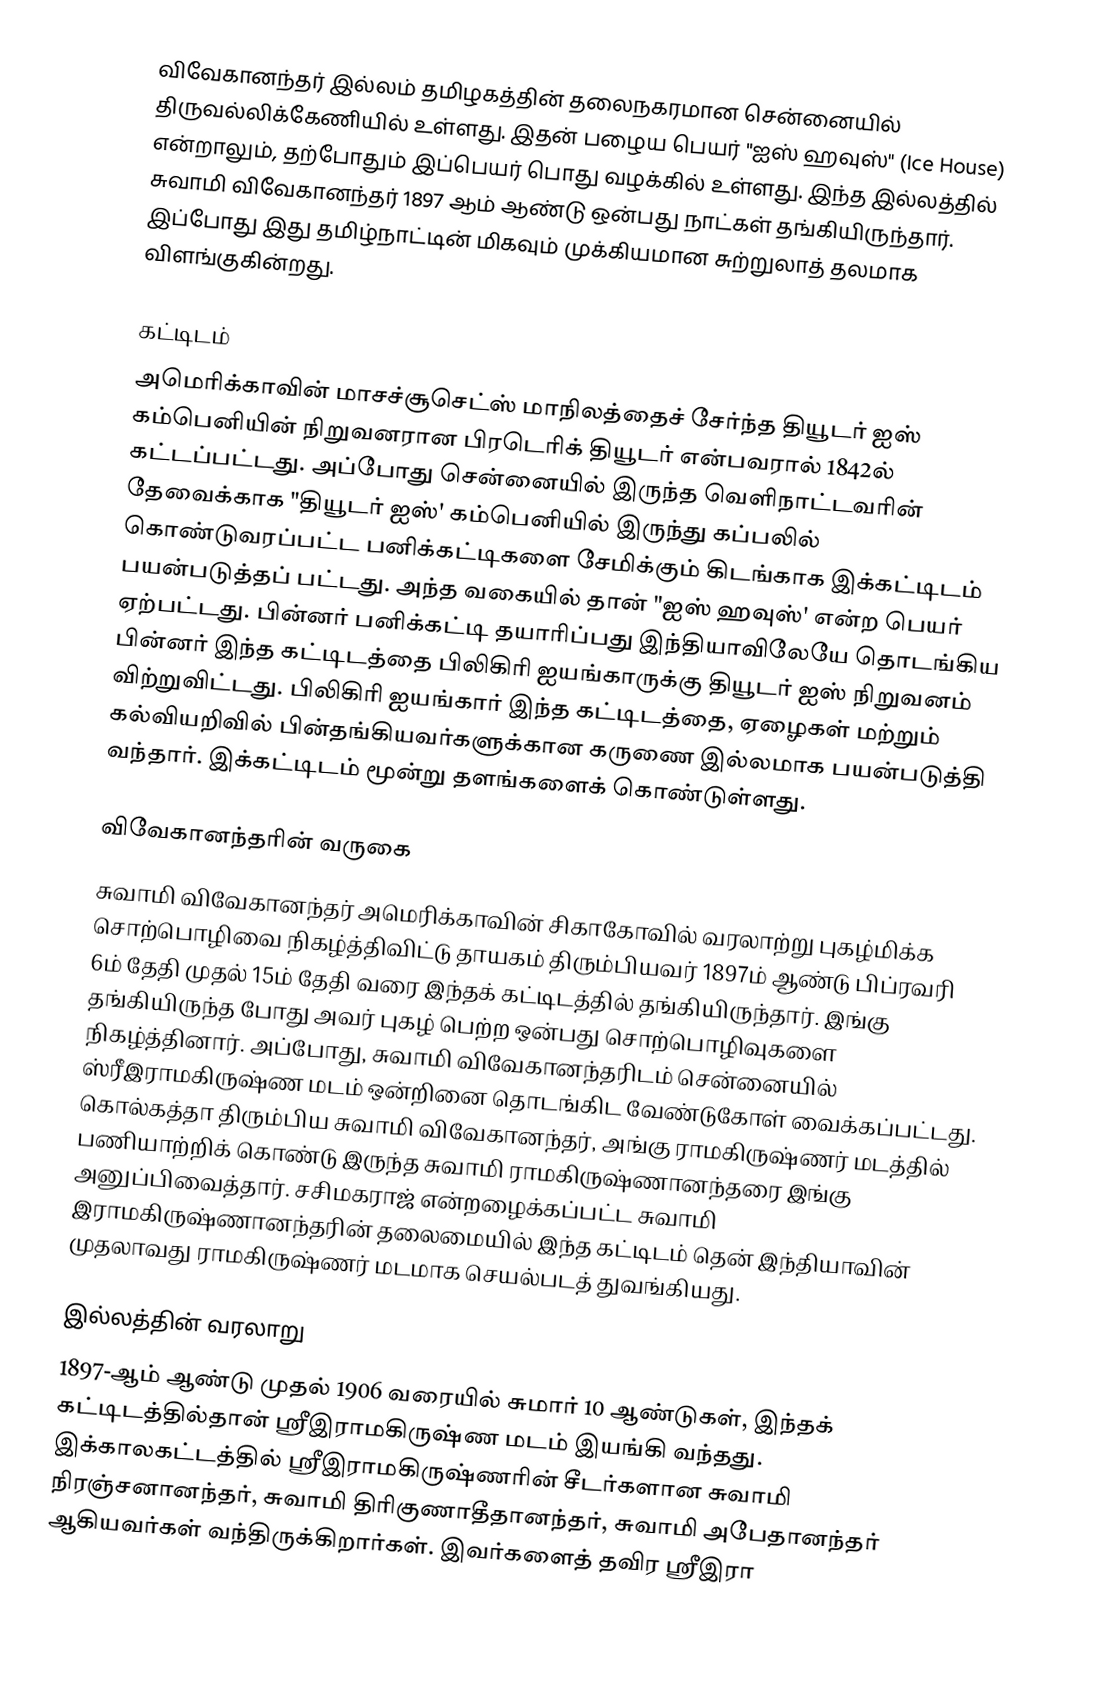
விவேகானந்தர் இல்லம் தமிழகத்தின் தலைநகரமான சென்னையில் திருவல்லிக்கேணியில் உள்ளது.  இதன் பழைய பெயர் "ஐஸ் ஹவுஸ்" (Ice House) என்றாலும், தற்போதும் இப்பெயர் பொது வழக்கில் உள்ளது. இந்த இல்லத்தில் சுவாமி விவேகானந்தர் 1897 ஆம் ஆண்டு ஒன்பது நாட்கள் தங்கியிருந்தார். இப்போது இது தமிழ்நாட்டின் மிகவும் முக்கியமான சுற்றுலாத் தலமாக விளங்குகின்றது.

கட்டிடம்
அமெரிக்காவின் மாசச்சூசெட்ஸ் மாநிலத்தைச் சேர்ந்த தியூடர் ஐஸ் கம்பெனியின் நிறுவனரான பிரடெரிக் தியூடர் என்பவரால் 1842ல் கட்டப்பட்டது. அப்போது சென்னையில் இருந்த வெளிநாட்டவரின் தேவைக்காக "தியூடர் ஐஸ்' கம்பெனியில் இருந்து கப்பலில் கொண்டுவரப்பட்ட பனிக்கட்டிகளை சேமிக்கும் கிடங்காக இக்கட்டிடம் பயன்படுத்தப் பட்டது. அந்த வகையில் தான் "ஐஸ் ஹவுஸ்' என்ற பெயர் ஏற்பட்டது. பின்னர் பனிக்கட்டி தயாரிப்பது இந்தியாவிலேயே தொடங்கிய பின்னர் இந்த கட்டிடத்தை பிலிகிரி ஐயங்காருக்கு தியூடர் ஐஸ் நிறுவனம் விற்றுவிட்டது. பிலிகிரி ஐயங்கார் இந்த கட்டிடத்தை, ஏழைகள் மற்றும் கல்வியறிவில் பின்தங்கியவர்களுக்கான கருணை இல்லமாக பயன்படுத்தி வந்தார். இக்கட்டிடம் மூன்று தளங்களைக் கொண்டுள்ளது.

விவேகானந்தரின் வருகை
சுவாமி விவேகானந்தர் அமெரிக்காவின் சிகாகோவில் வரலாற்று புகழ்மிக்க சொற்பொழிவை நிகழ்த்திவிட்டு தாயகம் திரும்பியவர் 1897ம் ஆண்டு பிப்ரவரி 6ம் தேதி முதல் 15ம் தேதி வரை இந்தக் கட்டிடத்தில் தங்கியிருந்தார். இங்கு தங்கியிருந்த போது அவர் புகழ் பெற்ற ஒன்பது சொற்பொழிவுகளை நிகழ்த்தினார். அப்போது, சுவாமி விவேகானந்தரிடம் சென்னையில் ஸ்ரீஇராமகிருஷ்ண மடம் ஒன்றினை தொடங்கிட வேண்டுகோள் வைக்கப்பட்டது. கொல்கத்தா திரும்பிய சுவாமி விவேகானந்தர், அங்கு ராமகிருஷ்ணர் மடத்தில் பணியாற்றிக் கொண்டு இருந்த சுவாமி ராமகிருஷ்ணானந்தரை இங்கு அனுப்பிவைத்தார். சசிமகராஜ் என்றழைக்கப்பட்ட சுவாமி இராமகிருஷ்ணானந்தரின் தலைமையில் இந்த கட்டிடம் தென் இந்தியாவின் முதலாவது ராமகிருஷ்ணர் மடமாக செயல்படத் துவங்கியது.

இல்லத்தின் வரலாறு
1897-ஆம் ஆண்டு முதல் 1906 வரையில் சுமார் 10 ஆண்டுகள், இந்தக் கட்டிடத்தில்தான் ஸ்ரீஇராமகிருஷ்ண மடம் இயங்கி வந்தது. இக்காலகட்டத்தில் ஸ்ரீஇராமகிருஷ்ணரின் சீடர்களான சுவாமி நிரஞ்சனானந்தர், சுவாமி திரிகுணாதீதானந்தர், சுவாமி அபேதானந்தர் ஆகியவர்கள் வந்திருக்கிறார்கள். இவர்களைத் தவிர ஸ்ரீஇரா